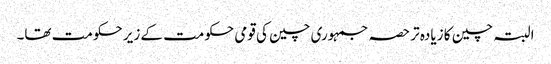
البتہ چین کا زیادہ تر حصہ جمہوری چین کی قومی حکومت کے زیر حکومت تھا۔